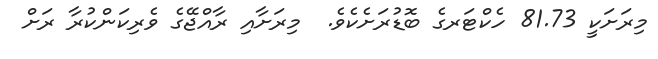
މިރަށަކީ 81.73 ހެކްޓަރގެ ބޮޑުރަށެކެވެ.  މިރަށާއި ރާއްޖޭގެ ވެރިކަންކުރާ ރަށް